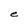
Character: e